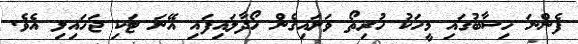
ފެންނަ ހިސާބުގައި މީހަކު ހުރިތޯ ވަށައިގެން ހޯދާލައިފައި އޭނަ ޓަކި ޖަހައިލި އެވެ.